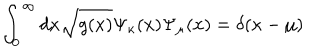
LaTeX: \int _ { 0 } ^ { \infty } d x \sqrt { g ( x ) } \Psi _ { \kappa } ( x ) \Psi _ { \mu } ( x ) = \delta ( \kappa - \mu )